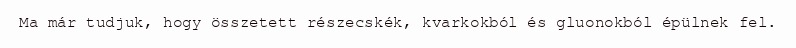
Ma már tudjuk, hogy összetett részecskék, kvarkokból és gluonokból épülnek fel.